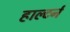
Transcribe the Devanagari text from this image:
हाल्टर्न